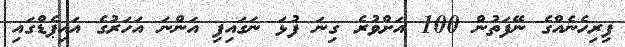
ފިރިހެނެއްގެ ނޭފަތުން 100 އަށްވުރެ ގިނަ ފުޅަ ނަގައިފި އަންނަ އަހަރުގެ އައިޕެޑްގައި